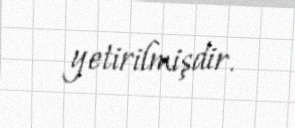
yetirilmişdir.